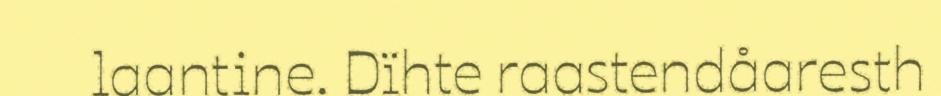
laantine. Dïhte raastendåaresth